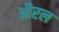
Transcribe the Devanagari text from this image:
औरल